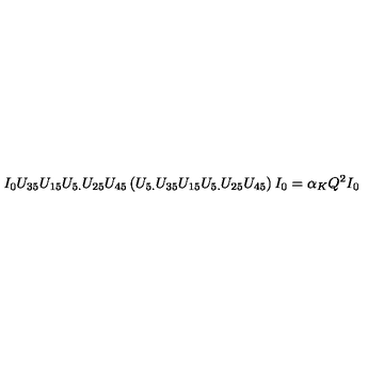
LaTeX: I _ { 0 } U _ { 3 5 } U _ { 1 5 } U _ { 5 . } U _ { 2 5 } U _ { 4 5 } \left( U _ { 5 . } U _ { 3 5 } U _ { 1 5 } U _ { 5 . } U _ { 2 5 } U _ { 4 5 } \right) I _ { 0 } = \alpha _ { K } Q ^ { 2 } I _ { 0 }